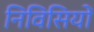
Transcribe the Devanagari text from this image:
निविसियों